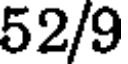
52/9